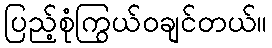
ပြည့်စုံကြွယ်ဝချင်တယ်။